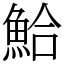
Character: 鮯